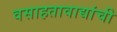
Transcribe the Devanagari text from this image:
वसाहतावाद्यांची